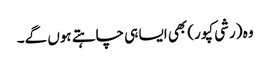
وہ (رشی کپور) بھی ایسا ہی چاہتے ہوں گے۔